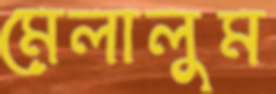
মেলালুম